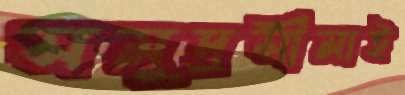
সমুদ্রসীমাই